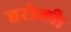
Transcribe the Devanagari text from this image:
हरोली।